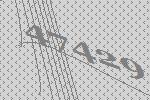
47429